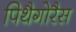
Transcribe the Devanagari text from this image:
पिथैगोरैस